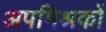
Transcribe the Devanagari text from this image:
अपमिश्रकों